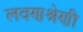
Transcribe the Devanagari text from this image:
लवणश्रेणी